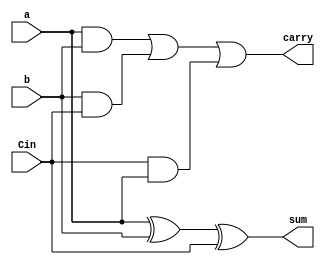
//unsigned ripple carry 4-bit parallel adder

module FullAdder(sum, carry, a, b, Cin);
  output sum, carry;
  input a, b, Cin;
  assign sum = a ^ b ^ Cin;
  assign carry = (a & b)|(b & Cin)|(Cin & a);
endmodule

module RippleCarryAdder_4bit(
  input [3:0] A,B,
  output [3:0] sum,
  output cout
);
  wire [2:0] carry;
  FullAdder FA0(sum[0], carry[0], A[0], B[0], 1'b0);
  FullAdder FA1(sum[1], carry[1], A[1], B[1], carry[0]);
  FullAdder FA2(sum[2], carry[2], A[2], B[2], carry[1]);
  FullAdder FA3(sum[3], cout, A[3], B[3], carry[2]);
endmodule